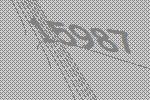
15987